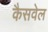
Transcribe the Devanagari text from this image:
कैसवेल